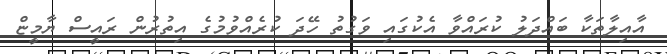
އާއިލާތަކާ ބައްދަލު ކުރައްވާ އެކުގައި ވަގުތުު ހޭދަ ކުރެއްވުމުގެ އިތުރުން ރައީސް ޔާމީޏް